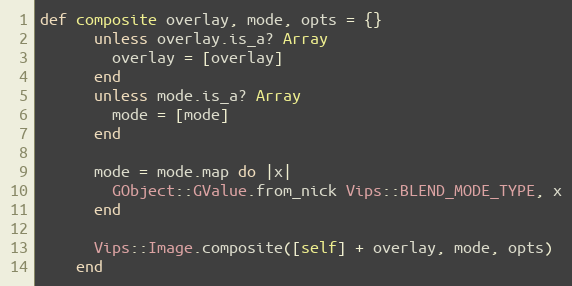
Language: Ruby
def composite overlay, mode, opts = {}
      unless overlay.is_a? Array
        overlay = [overlay]
      end
      unless mode.is_a? Array
        mode = [mode]
      end

      mode = mode.map do |x|
        GObject::GValue.from_nick Vips::BLEND_MODE_TYPE, x
      end

      Vips::Image.composite([self] + overlay, mode, opts)
    end